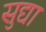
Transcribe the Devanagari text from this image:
सुद्या